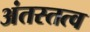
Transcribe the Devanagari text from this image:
अंतस्तत्व